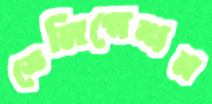
ডেলিগেশন